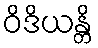
ဝိဒိယန္တိ